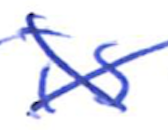
Text: is
Cross-out: mix
Writing tool: ballpoint